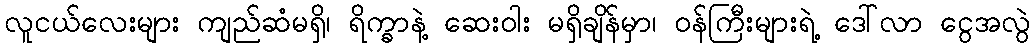
လူငယ်လေးများ ကျည်ဆံမရှိ၊ ရိက္ခာနဲ့ ဆေးဝါး မရှိချိန်မှာ၊ ဝန်ကြီးများရဲ့ ဒေါ်လာ ငွေအလွဲ